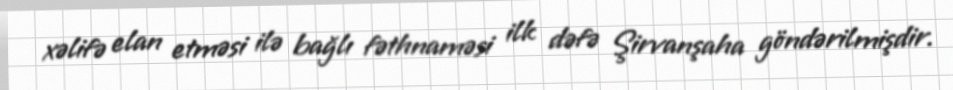
xəlifə elan etməsi ilə bağlı fəthnaməsi ilk dəfə Şirvanşaha göndərilmişdir.